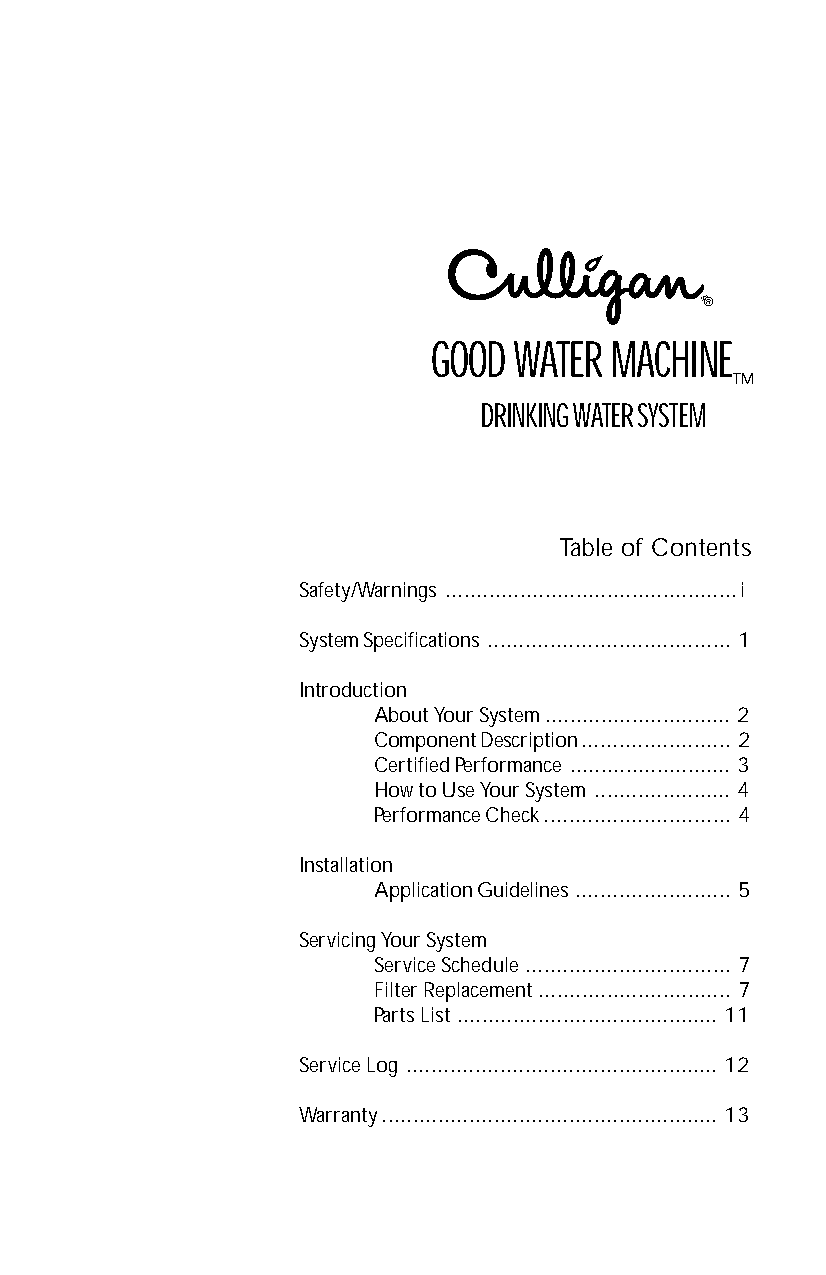
®
 GOOD WATER MACHINE
 ™
 DRINKING WATER SYSTEM
 Table of Contents
 Safety/Warnings ...............................................ii
 System Specifications .......................................1
 Introduction
 About Your System..............................2
 Component Description........................2
 Certified Performance ..........................3
 How to Use Your System ......................4
 Performance Check..............................4
 Installation
 Application Guidelines.........................5
 Servicing Your System
 Service Schedule.................................7
 Filter Replacement...............................7
 Parts List ..........................................11
 Service Log ..................................................12
 Warranty......................................................13